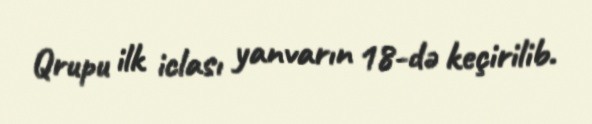
Qrupu ilk iclası yanvarın 18-də keçirilib.